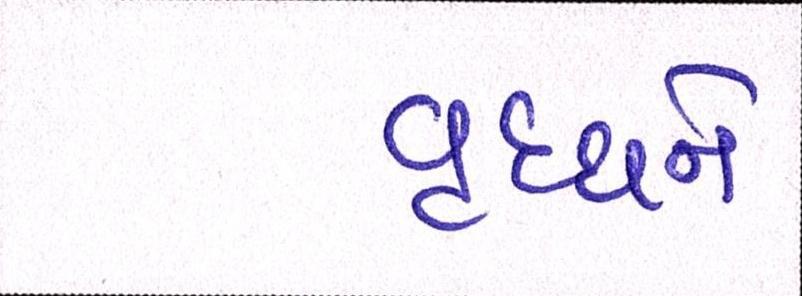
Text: વૃધ્ધને